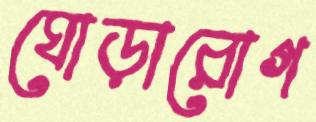
ঘোড়ারোগ